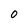
Character: 0